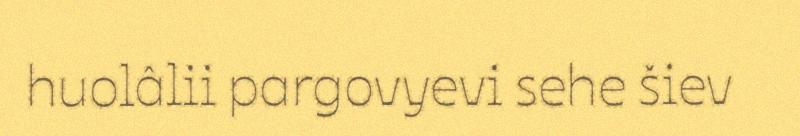
huolâlii pargovyevi sehe šiev